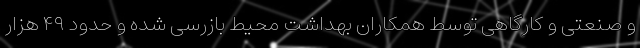
و صنعتی و کارگاهی توسط همکاران بهداشت محیط بازرسی شده و حدود ۴۹ هزار